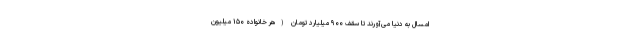
امسال به دنیا می‌آورند تا سقف ۹۰۰ میلیارد تومان (هر خانواده ۱۵۰ میلیون